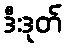
ဒီးဒုတ်